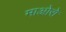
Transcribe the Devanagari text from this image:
माओरो